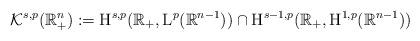
LaTeX: \begin{align*} \mathcal{K}^{s,p}(\mathbb{R}^{n}_+):=\mathrm{H}^{s,p}(\mathbb{R}_+,\mathrm{L}^p(\mathbb{R}^{n-1}))\cap \mathrm{H}^{s-1,p}(\mathbb{R}_+,\mathrm{H}^{1,p}(\mathbb{R}^{n-1}))\end{align*}